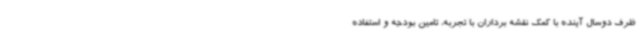
ظرف دوسال آینده با کمک نقشه برداران با تجربه، تامین بودجه و استفاده